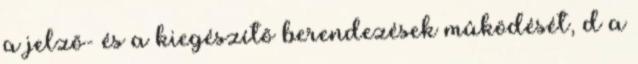
a jelzõ- és a kiegészítõ berendezések mûködését, d a